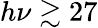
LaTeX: h\nu\gtrsim 27